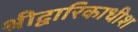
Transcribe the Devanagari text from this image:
श्रीद्वारिकाधीश